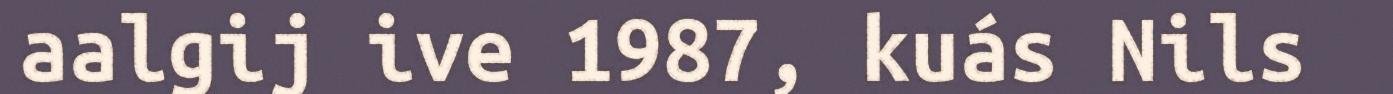
aalgij ive 1987, kuás Nils